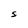
Character: S